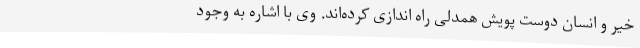
خیر و انسان دوست پویش همدلی راه اندازی کرده‌اند. وی با اشاره به وجود